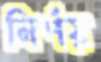
নির্ণয়